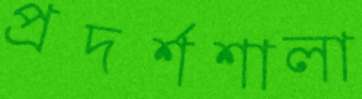
প্রদর্শশালা